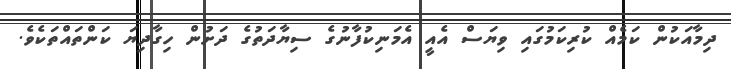
ދިމާއަކުން ކަމެއް ކުރިކަމުގައި ވިޔަސް އެއީ އެމަނިކުފާނުގެ ސިޔާދަތުގެ ދަށުން ހިގާދިޔަ ކަންތައްތަކެވެ.